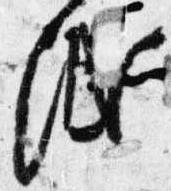
紙